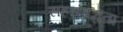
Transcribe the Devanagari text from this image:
सहसंबद्धता